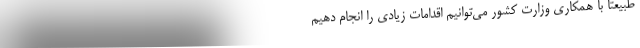
طبیعتاً با همکاری وزارت کشور می‌توانیم اقدامات زیادی را انجام دهیم